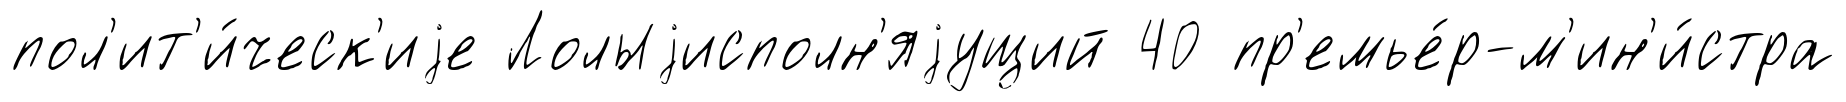
пол'ит'и́ческ'иjе Лолыjисполн'яjущий 40 пр'емье́р-м'ин'и́стра